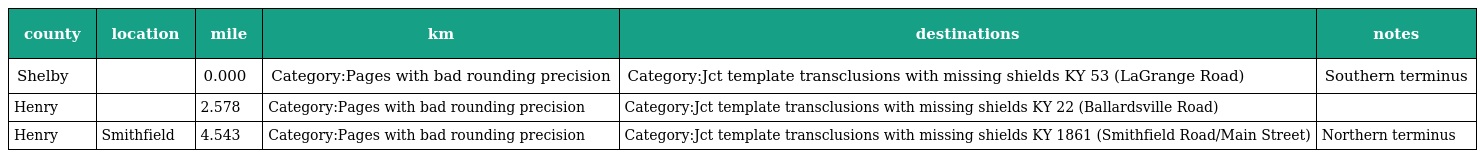
| county | location | mile | km | destinations | notes |
 | --- | --- | --- | --- | --- | --- |
 | Shelby |  | 0.000 | Category:Pages with bad rounding precision | Category:Jct template transclusions with missing shields KY 53 (LaGrange Road) | Southern terminus |
 | Henry |  | 2.578 | Category:Pages with bad rounding precision | Category:Jct template transclusions with missing shields KY 22 (Ballardsville Road) |  |
 | Henry | Smithfield | 4.543 | Category:Pages with bad rounding precision | Category:Jct template transclusions with missing shields KY 1861 (Smithfield Road/Main Street) | Northern terminus |